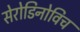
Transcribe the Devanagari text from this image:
सेरोडिनोविच